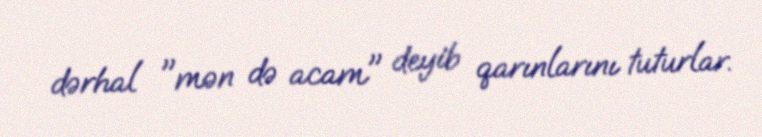
dərhal "mən də acam" deyib qarınlarını tuturlar.